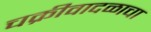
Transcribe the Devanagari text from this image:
चक्रीवादळाचा